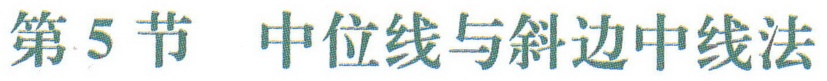
第5节  中位线与斜边中线法